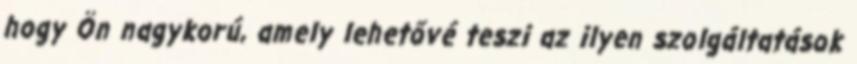
hogy Ön nagykorú, amely lehetővé teszi az ilyen szolgáltatások